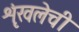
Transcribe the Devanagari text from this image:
शृंखलेची